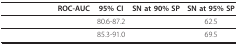
<table><thead><tr><td>[EMPTY_CELL]</td><td><b>ROC-AUC</b></td><td><b>95% CI</b></td><td><b>SN at 90% SP</b></td><td><b>SN at 95% SP</b></td></tr></thead><tbody><tr><td>[EMPTY_CELL]</td><td>[EMPTY_CELL]</td><td>80.6-87.2</td><td>[EMPTY_CELL]</td><td>62.5</td></tr><tr><td>[EMPTY_CELL]</td><td>[EMPTY_CELL]</td><td>85.3-91.0</td><td>[EMPTY_CELL]</td><td>69.5</td></tr></tbody></table>